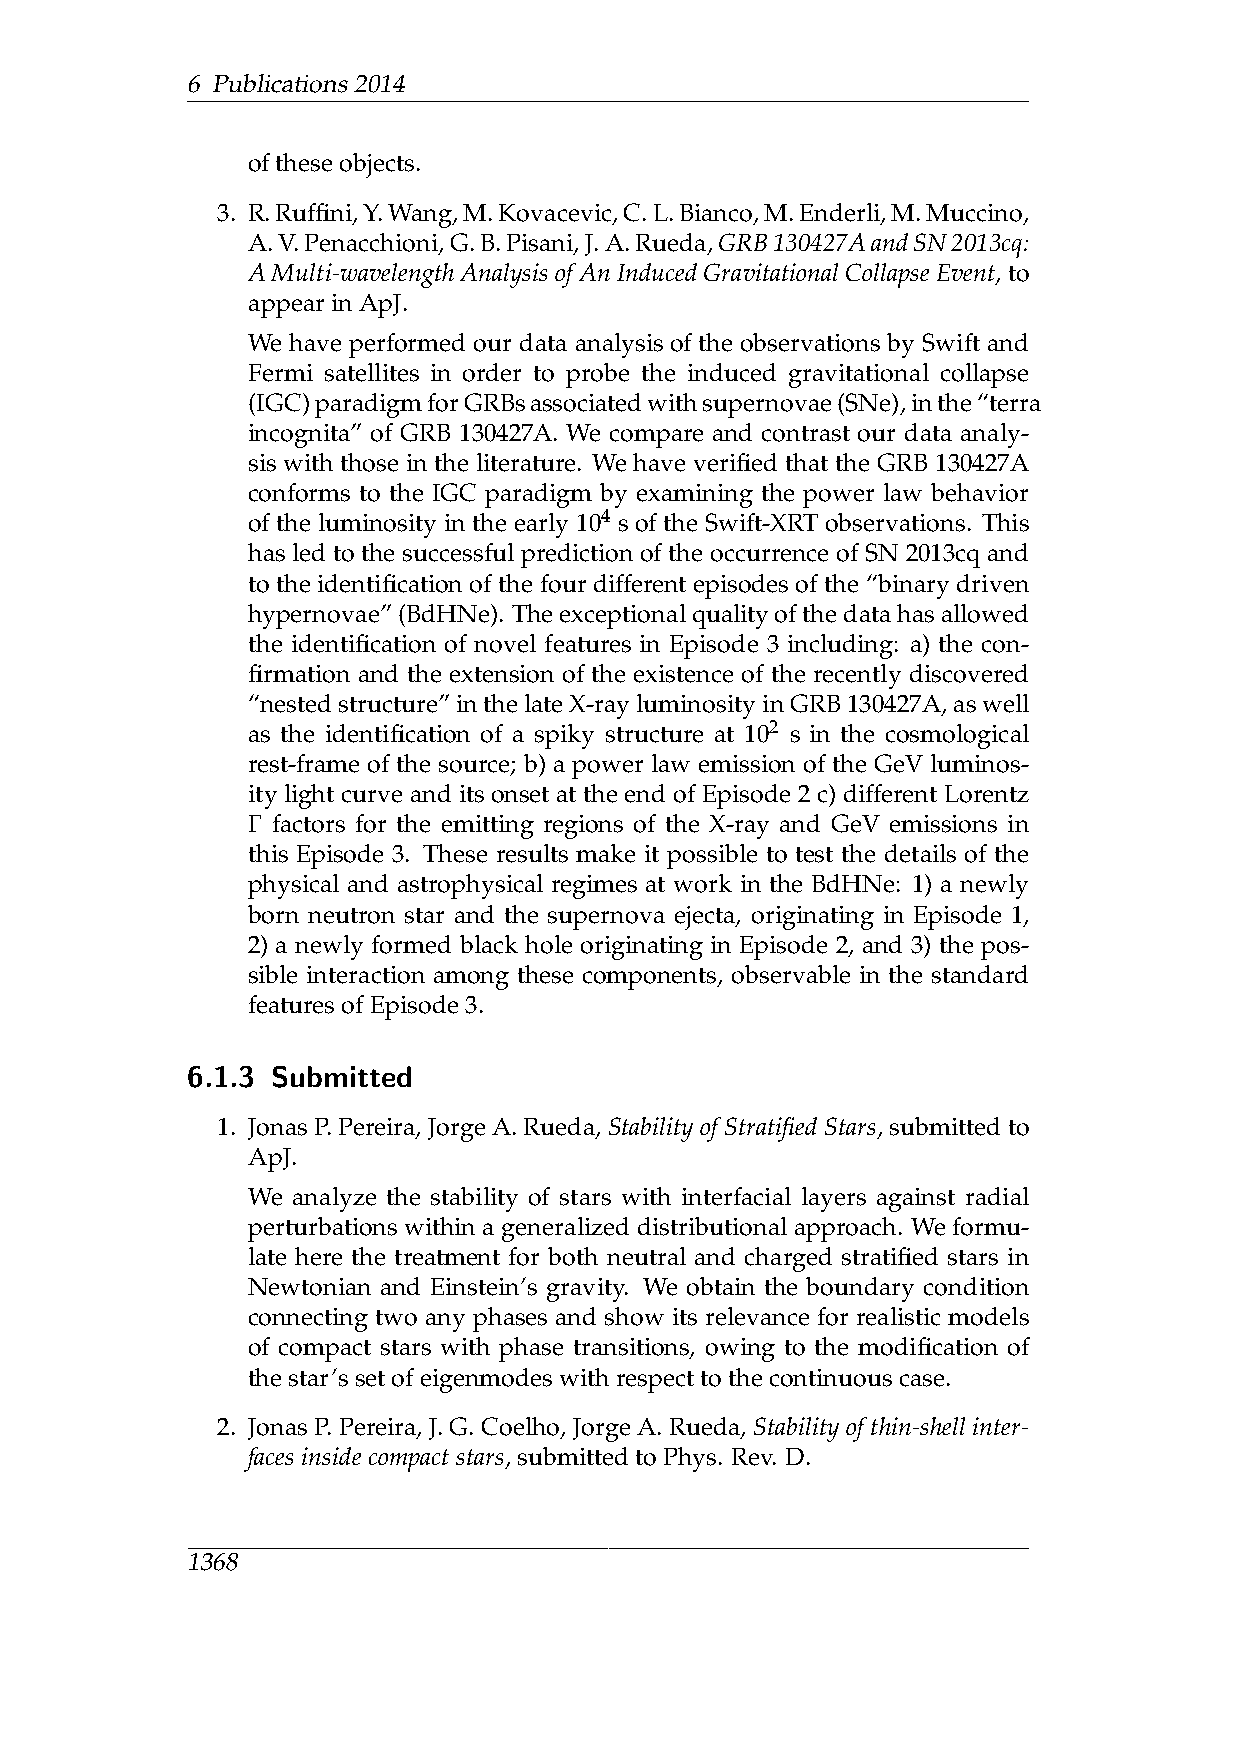
6 Publications2014
 oftheseobjects.
 3. R.Ruffini,Y.Wang,M.Kovacevic,C.L.Bianco,M.Enderli,M.Muccino,
 A.V.Penacchioni,G.B.Pisani,J.A.Rueda,GRB130427AandSN2013cq:
 AMulti-wavelengthAnalysisofAnInducedGravitationalCollapseEvent,to
 appearinApJ.
 We have performed our data analysis of the observations by Swift and
 Fermi satellites in order to probe the induced gravitational collapse
 (IGC)paradigmforGRBsassociatedwithsupernovae(SNe),inthe“terra
 incognita” of GRB 130427A. We compare and contrast our data analy-
 sis with those in the literature. We have verified that the GRB 130427A
 conforms to the IGC paradigm by examining the power law behavior
 of the luminosity in the early 104 s of the Swift-XRT observations. This
 has led to the successful prediction of the occurrence of SN 2013cq and
 to the identification of the four different episodes of the “binary driven
 hypernovae”(BdHNe). Theexceptionalqualityofthedatahasallowed
 the identification of novel features in Episode 3 including: a) the con-
 firmation and the extension of the existence of the recently discovered
 “nestedstructure”inthelateX-rayluminosityinGRB130427A,aswell
 as the identification of a spiky structure at 102 s in the cosmological
 rest-frame of the source; b) a power law emission of the GeV luminos-
 ity light curve and its onset at the end of Episode 2 c) different Lorentz
 Γ
 factors for the emitting regions of the X-ray and GeV emissions in
 this Episode 3. These results make it possible to test the details of the
 physical and astrophysical regimes at work in the BdHNe: 1) a newly
 born neutron star and the supernova ejecta, originating in Episode 1,
 2) a newly formed black hole originating in Episode 2, and 3) the pos-
 sible interaction among these components, observable in the standard
 featuresofEpisode3.
 6.1.3 Submitted
 1. Jonas P.Pereira, Jorge A.Rueda, Stability of Stratified Stars, submitted to
 ApJ.
 We analyze the stability of stars with interfacial layers against radial
 perturbations within a generalized distributional approach. We formu-
 late here the treatment for both neutral and charged stratified stars in
 Newtonian and Einstein’s gravity. We obtain the boundary condition
 connecting two any phases and show its relevance for realistic models
 of compact stars with phase transitions, owing to the modification of
 thestar’ssetofeigenmodeswithrespecttothecontinuouscase.
 2. Jonas P. Pereira, J. G. Coelho, Jorge A. Rueda, Stability of thin-shell inter-
 facesinsidecompactstars,submittedtoPhys. Rev. D.
 1368